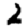
Digit: 2